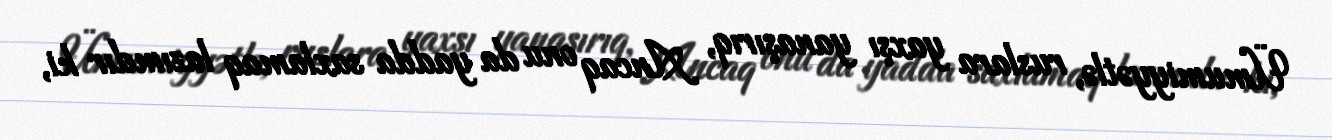
Ümumiyyətlə, ruslara yaxşı yanaşırıq, Ancaq onu da yadda saxlamaq lazımdır ki,